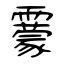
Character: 靀